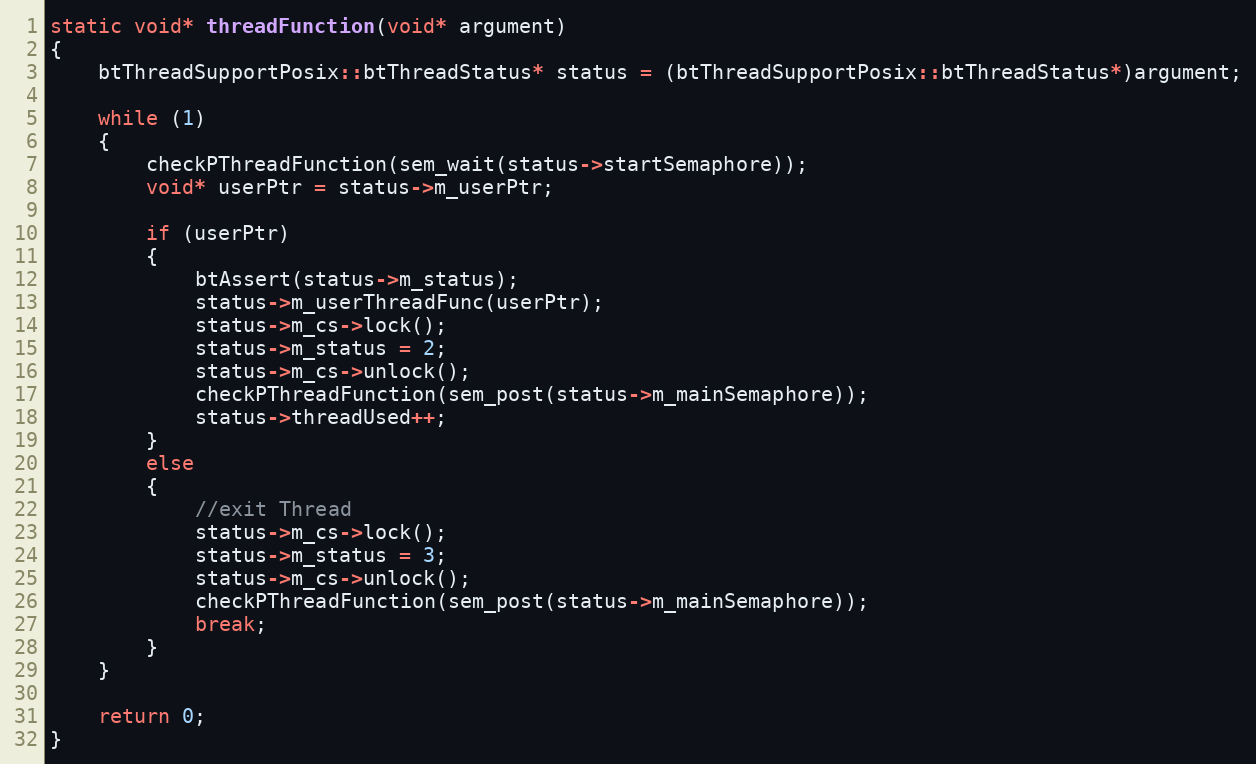
Language: C++
static void* threadFunction(void* argument)
{
	btThreadSupportPosix::btThreadStatus* status = (btThreadSupportPosix::btThreadStatus*)argument;

	while (1)
	{
		checkPThreadFunction(sem_wait(status->startSemaphore));
		void* userPtr = status->m_userPtr;

		if (userPtr)
		{
			btAssert(status->m_status);
			status->m_userThreadFunc(userPtr);
			status->m_cs->lock();
			status->m_status = 2;
			status->m_cs->unlock();
			checkPThreadFunction(sem_post(status->m_mainSemaphore));
			status->threadUsed++;
		}
		else
		{
			//exit Thread
			status->m_cs->lock();
			status->m_status = 3;
			status->m_cs->unlock();
			checkPThreadFunction(sem_post(status->m_mainSemaphore));
			break;
		}
	}

	return 0;
}